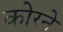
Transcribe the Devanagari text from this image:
कोरने